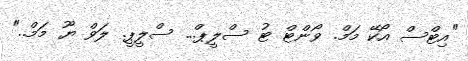
"އިޓްސް އޯކޭ މަމް. ވޯންޓް ޓު ސްލީޕް... ސްލީޕީ. ލަވް ޔޫ މަމް.."